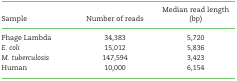
<table><thead><tr><td><b>Sample</b></td><td><b>Number of reads</b></td><td><b>Median read length (bp)</b></td></tr></thead><tbody><tr><td>Phage Lambda</td><td>34,383</td><td>5,720</td></tr><tr><td><i>E. coli</i></td><td>15,012</td><td>5,836</td></tr><tr><td><i>M. tuberculosis</i></td><td>147,594</td><td>3,423</td></tr><tr><td>Human</td><td>10,000</td><td>6,154</td></tr></tbody></table>